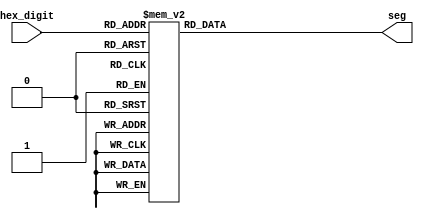
module hex_7seg(hex_digit,seg);
input [3:0] hex_digit;
output [6:0] seg;
reg [6:0] seg;
// seg = {g,f,e,d,c,b,a};
// 0 is on and 1 is off

always @ (hex_digit)
case (hex_digit)
		4'h0: seg = ~7'h3F;
		4'h1: seg = ~7'h06; 	// ---a----
		4'h2: seg = ~7'h5B; 	// |	  |
		4'h3: seg = ~7'h4F; 	// f	  b
		4'h4: seg = ~7'h66; 	// |	  |
		4'h5: seg = ~7'h6D; 	// ---g----
		4'h6: seg = ~7'h7D; 	// |	  |
		4'h7: seg = ~7'h07; 	// e	  c
		4'h8: seg = ~7'h7F; 	// |	  |
		4'h9: seg = ~7'h67; 	// ---d----
		4'ha: seg = ~7'h77;
		4'hb: seg = ~7'h7C;
		4'hc: seg = ~7'h39;
		4'hd: seg = ~7'h5E;
		4'he: seg = ~7'h79;
		//4'hf: seg = ~7'h71;
		4'hf: seg = ~7'b01011100;
endcase

endmodule